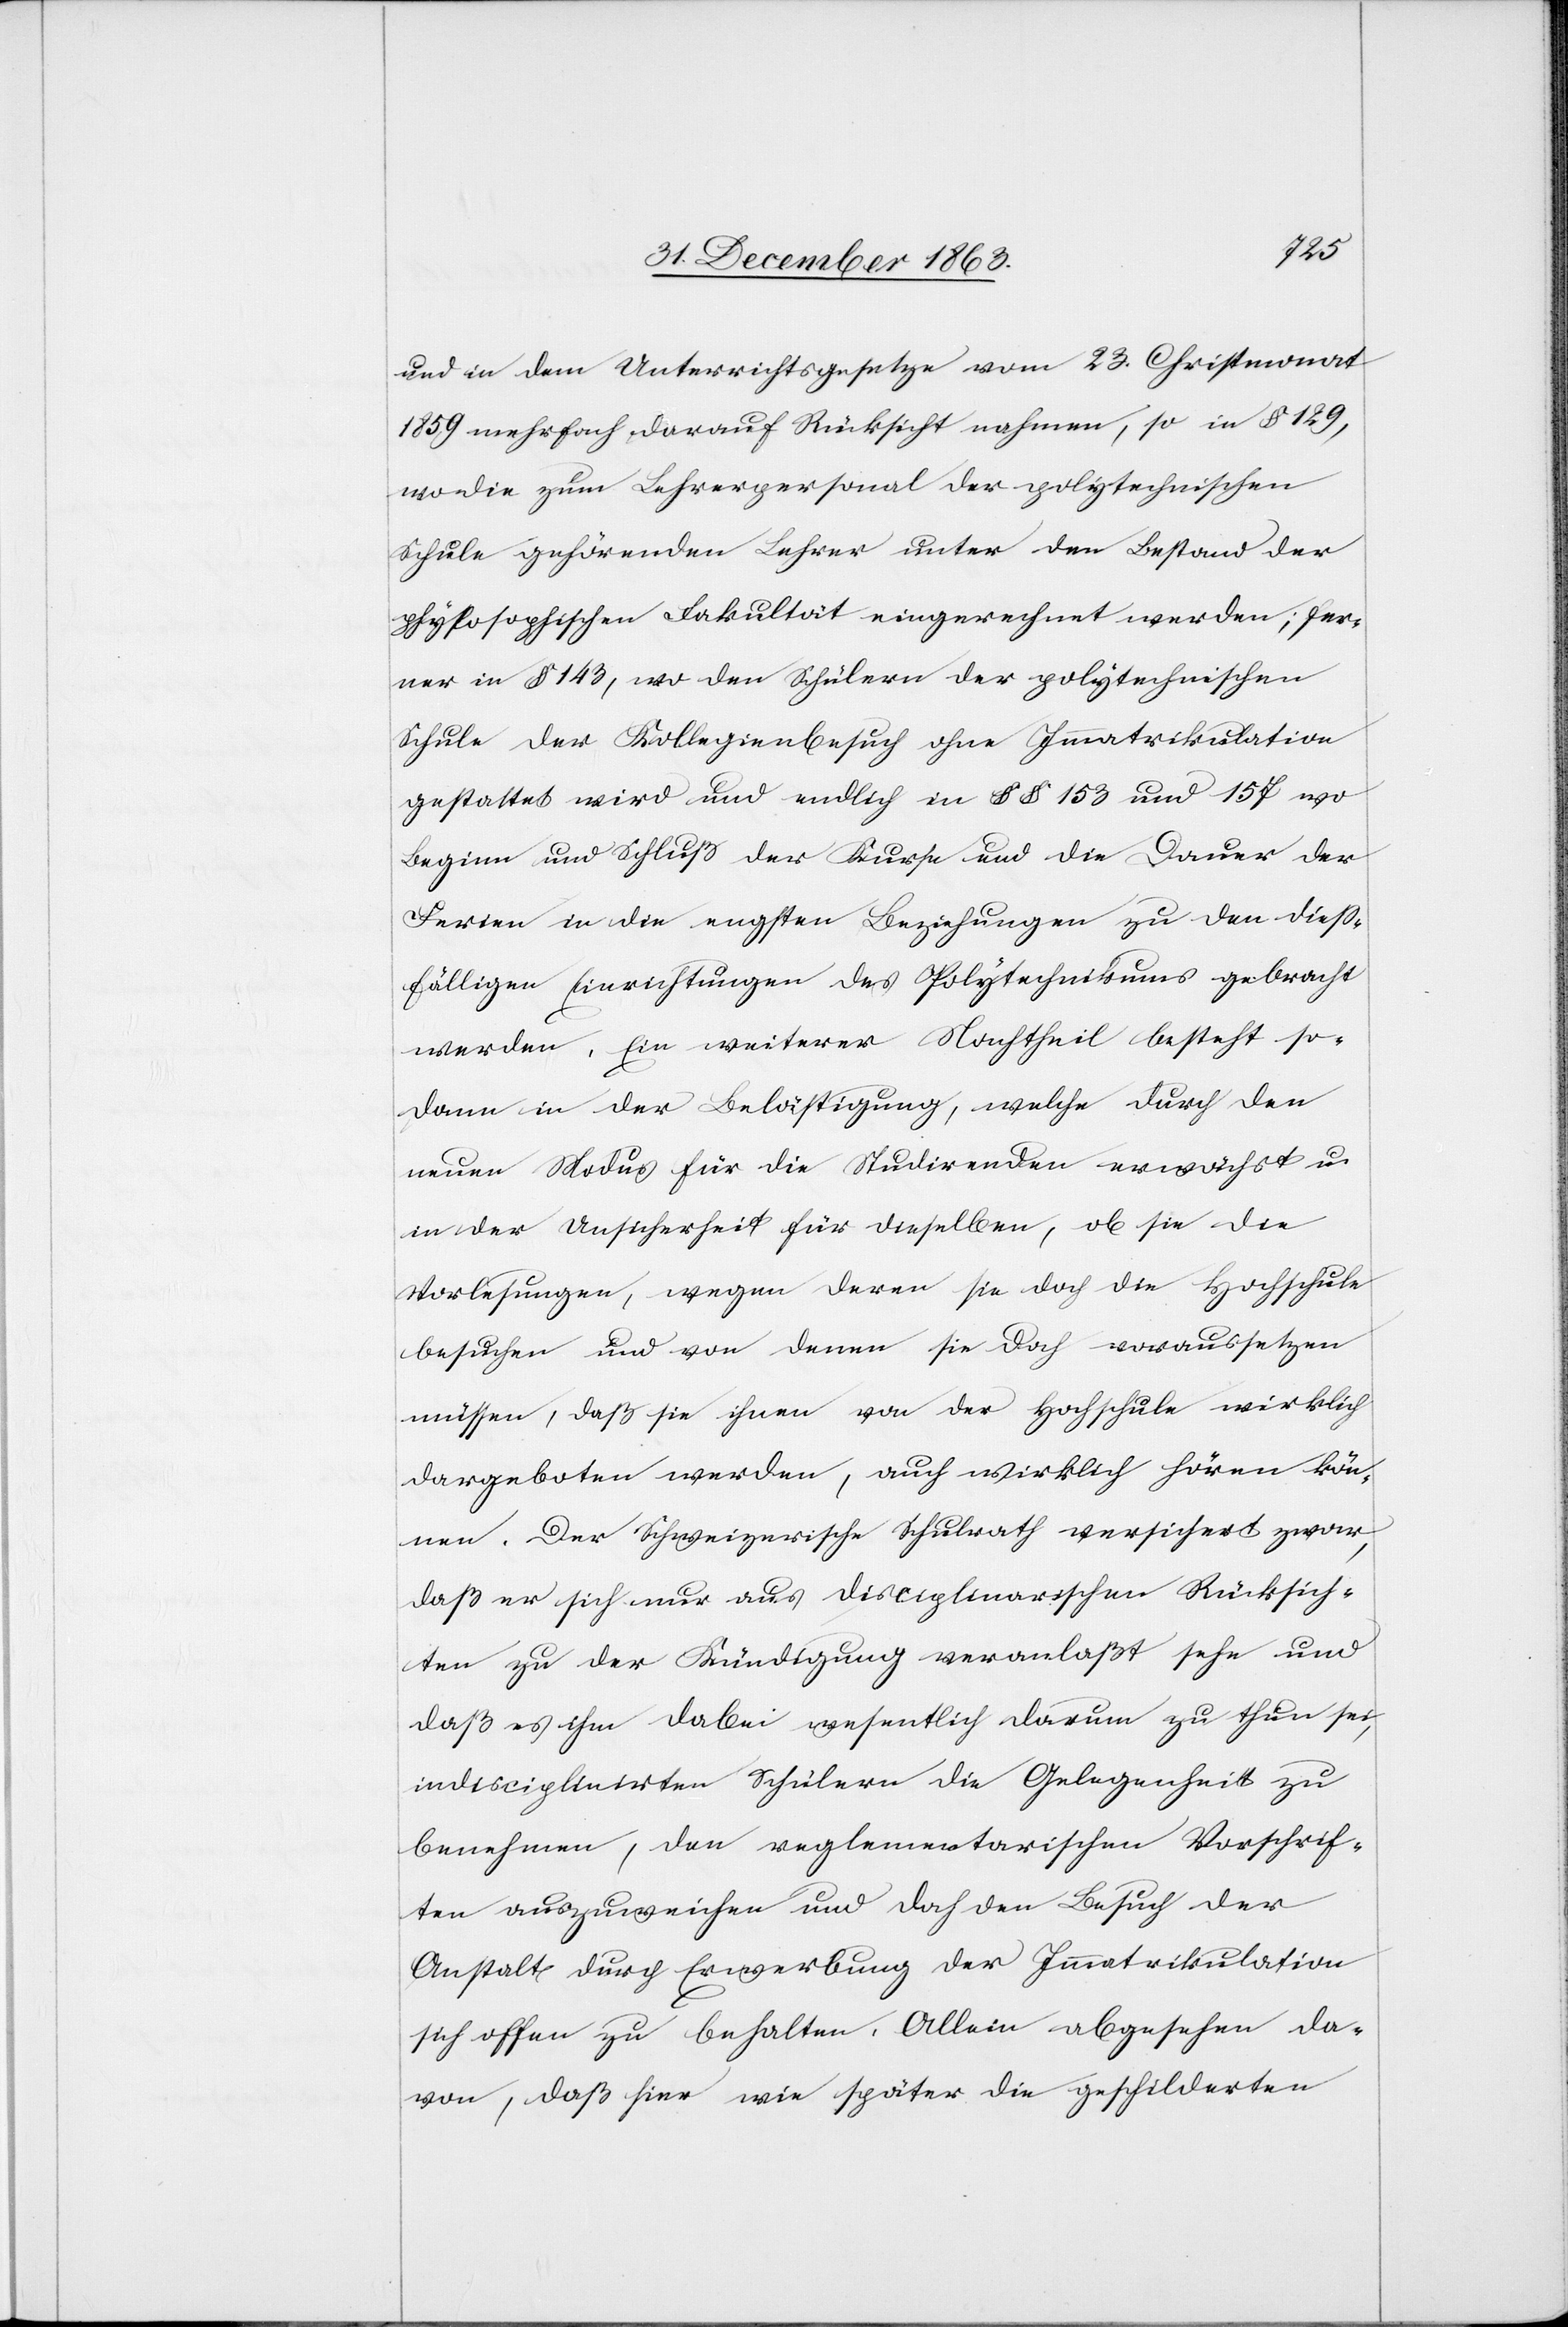
und in dem Unterrichtsgesetze vom 23. Christmonat
1859 mehrfach darauf Rücksicht nahmen, so in § 129,
wo die zum Lehrerpersonal der polytechnischen
Schule gehörenden Lehrer unter den Bestand der
phylosophischen [sic!] Fakultät eingerechnet werden; fer¬
ner in § 143, wo den Schülern der polytechnischen
Schule der Kollegienbesuch ohne Immatrikulation
gestattet wird und endlich in §§ 153 und 157 wo
Beginn und Schluß der Kurse und die Dauer der
Ferien in die engsten Beziehungen zu den diess¬
fälligen Einrichtungen des Polytechnikums gebracht
werden. Ein weiterer Nachtheil besteht so¬
dann in der Belästigung, welche durch den
neuen Modus für die Studirenden erwächst u.
in der Unsicherheit für dieselben, ob sie die
Vorlesungen, wegen deren sie doch die Hochschule
besuchen und von denen sie doch voraussetzen
müssen, daß sie ihnen von der Hochschule wirklich
dargeboten werden, auch wirklich hören kön¬
nen. Der Schweizerische Schulrath versichert zwar,
daß er sich nur aus disciplinarischen Rücksich¬
ten zu der Kündigung veranlaßt sehe und
daß es ihm dabei wesentlich darum zu thun sei,
indisciplinirten Schülern die Gelegenheit zu
benehmen, den reglementarischen Vorschrif¬
ten auszuweichen und doch den Besuch der
Anstalt durch Erwerbung der Immatrikulation
sich offen zu behalten. Allein abgesehen da¬
von, daß hier wie später die geschilderten